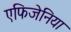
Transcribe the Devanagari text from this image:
एफिजेनिया